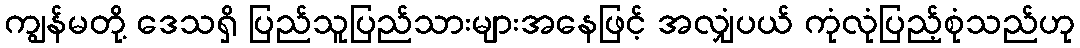
ကျွန်မတို့ ဒေသရှိ ပြည်သူပြည်သားများအနေဖြင့် အလျှံပယ် ကုံလုံပြည့်စုံသည်ဟု